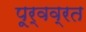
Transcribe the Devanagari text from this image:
पूर्वव्रत